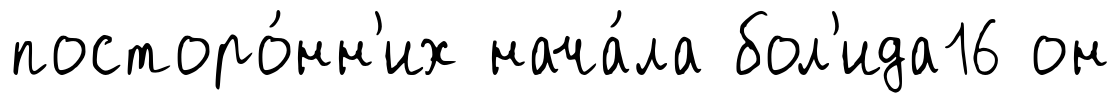
посторо́нн'их нача́ла бол'ида16 он